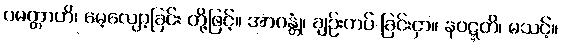
ပမတ္တာဟိ၊ မေ့လျော့ခြင်း တို့ဖြင့်။ အာဂန္တုံ၊ ချဉ်းကပ် ခြင်းငှာ။ နဝဋ္ဋတိ၊ မသင့်။